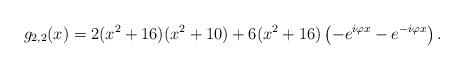
LaTeX: \begin{align*}g_{2,2}(x) = 2(x^2 + 16)(x^2 + 10) + 6 (x^2 + 16) \left(-e^{i \varphi x} - e^{-i \varphi x}\right).\end{align*}